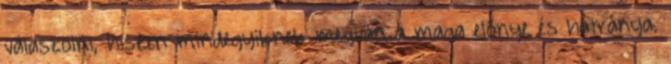
válaszolni, hiszen mindegyiknek megvan a maga előnye és hátránya.